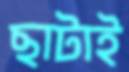
ছাটাই